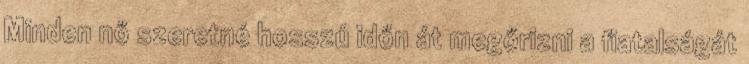
Minden nő szeretné hosszú időn át megőrizni a fiatalságát